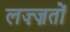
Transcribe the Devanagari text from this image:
लज़्ज़तों